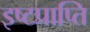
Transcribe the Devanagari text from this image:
इष्टप्राप्ति